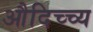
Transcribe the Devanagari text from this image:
औदिच्च्य